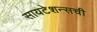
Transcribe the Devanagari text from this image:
सायटेशन्सची